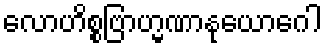
လောဟိစ္စဗြာဟ္မဏာနုယောဂေါ